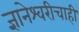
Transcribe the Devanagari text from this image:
ज्ञानेश्वरीचाही